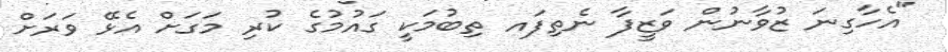
"އެހާގިނަ ޒުވާނުން ވަޒީފާ ނެތިފައ ތިބުމަކީ ގައުމުގެ ކުރި މަގަށް އެޅޭ ވަރަށް